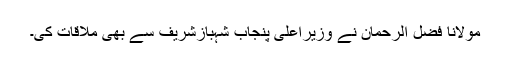
مولانا فضل الرحمان نے وزیراعلیٰ پنجاب شہبازشریف سے بھی ملاقات کی۔